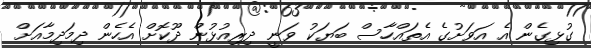
ގުޅިގެން އެ އަވަށުގެ އެތައްހާސް ބަޔަކު ވަނީ ދިރިއުޅުން ދޫކޮށް އެހެން ދިމަދިމާއަށް